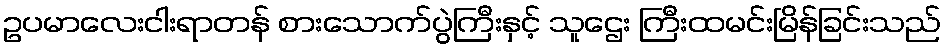
ဥပမာလေးငါးရာတန် စားသောက်ပွဲကြီးနှင့် သူဌေး ကြီးထမင်းမြိန်ခြင်းသည်